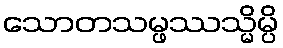
သောတသမ္ဖဿသ္မိမ္ပိ